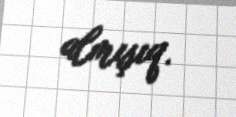
almışıq.